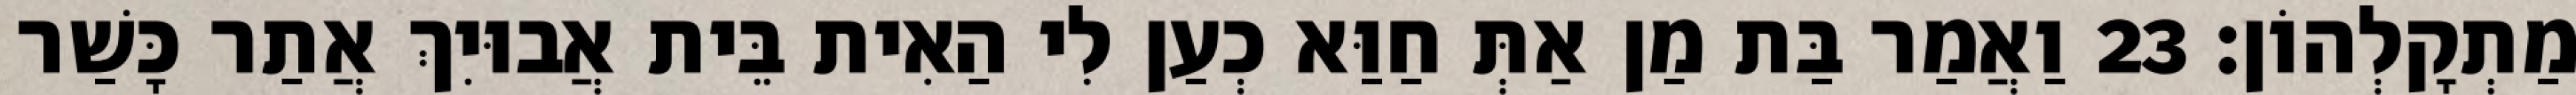
מַתְקָלְהוֹן׃ 23 וַאֲמַר בַּת מַן אַתְּ חַוַּא כְעַן לִי הַאִית בֵּית אֲבוּיִךְ אֲתַר כָּשַׁר